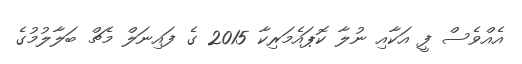
އެއްވެސް ފީ އަކާއި ނުލާ ކޮޕައެމަރިކާ 2015 ގެ ފައިނަލް މެޗް ބަލާލުމުގެ